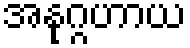
အနုဂ္ဂဟာယ